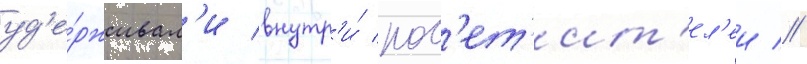
уд'е́рживал'и внутр'и́ пос'ет'ит'ел'еи //